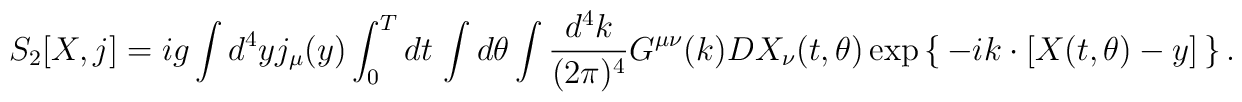
S_2[X,j] \> = \>i g \int d^4 y \> j_{\mu}(y) \int_0^T dt \, \int d\theta \> \int \frac{d^4 k}{(2 \pi)^4} \> G^{\mu\nu}(k) \>\> D X_{\nu} (t,\theta) \> \exp \left \{ \,  - i k \cdot \left [ X(t,\theta) - y \right ] \, \right \} .